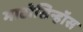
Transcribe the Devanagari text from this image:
माटोसिन्हॉस